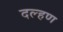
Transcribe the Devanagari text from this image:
दल्हण